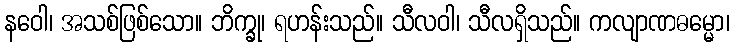
နဝေါ၊ အသစ်ဖြစ်သော။ ဘိက္ခု၊ ရဟန်းသည်။ သီလဝါ၊ သီလရှိသည်။ ကလျာဏဓမ္မော၊